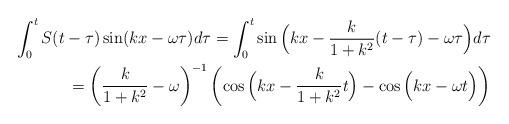
LaTeX: \begin{align*} \int_0^t S(t-\tau)\sin(kx - \omega \tau)d\tau = \int_0^t \sin\Big(kx - \frac{k}{1+k^2}(t-\tau) - \omega \tau\Big) d\tau\\= \left(\frac{k}{1+k^2} - \omega \right)^{-1} \left(\cos\Big(kx - \frac{k}{1+k^2} t \Big) - \cos \Big(kx - \omega t \Big)\right)\end{align*}